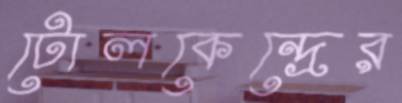
টোলকেন্দ্রের